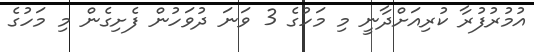
އުމުރުފުރާ ކުރިއަށްދާނީ މި މަހުގެ 3 ވަނަ ދުވަހުން ފެށިގެން މި މަހުގެ